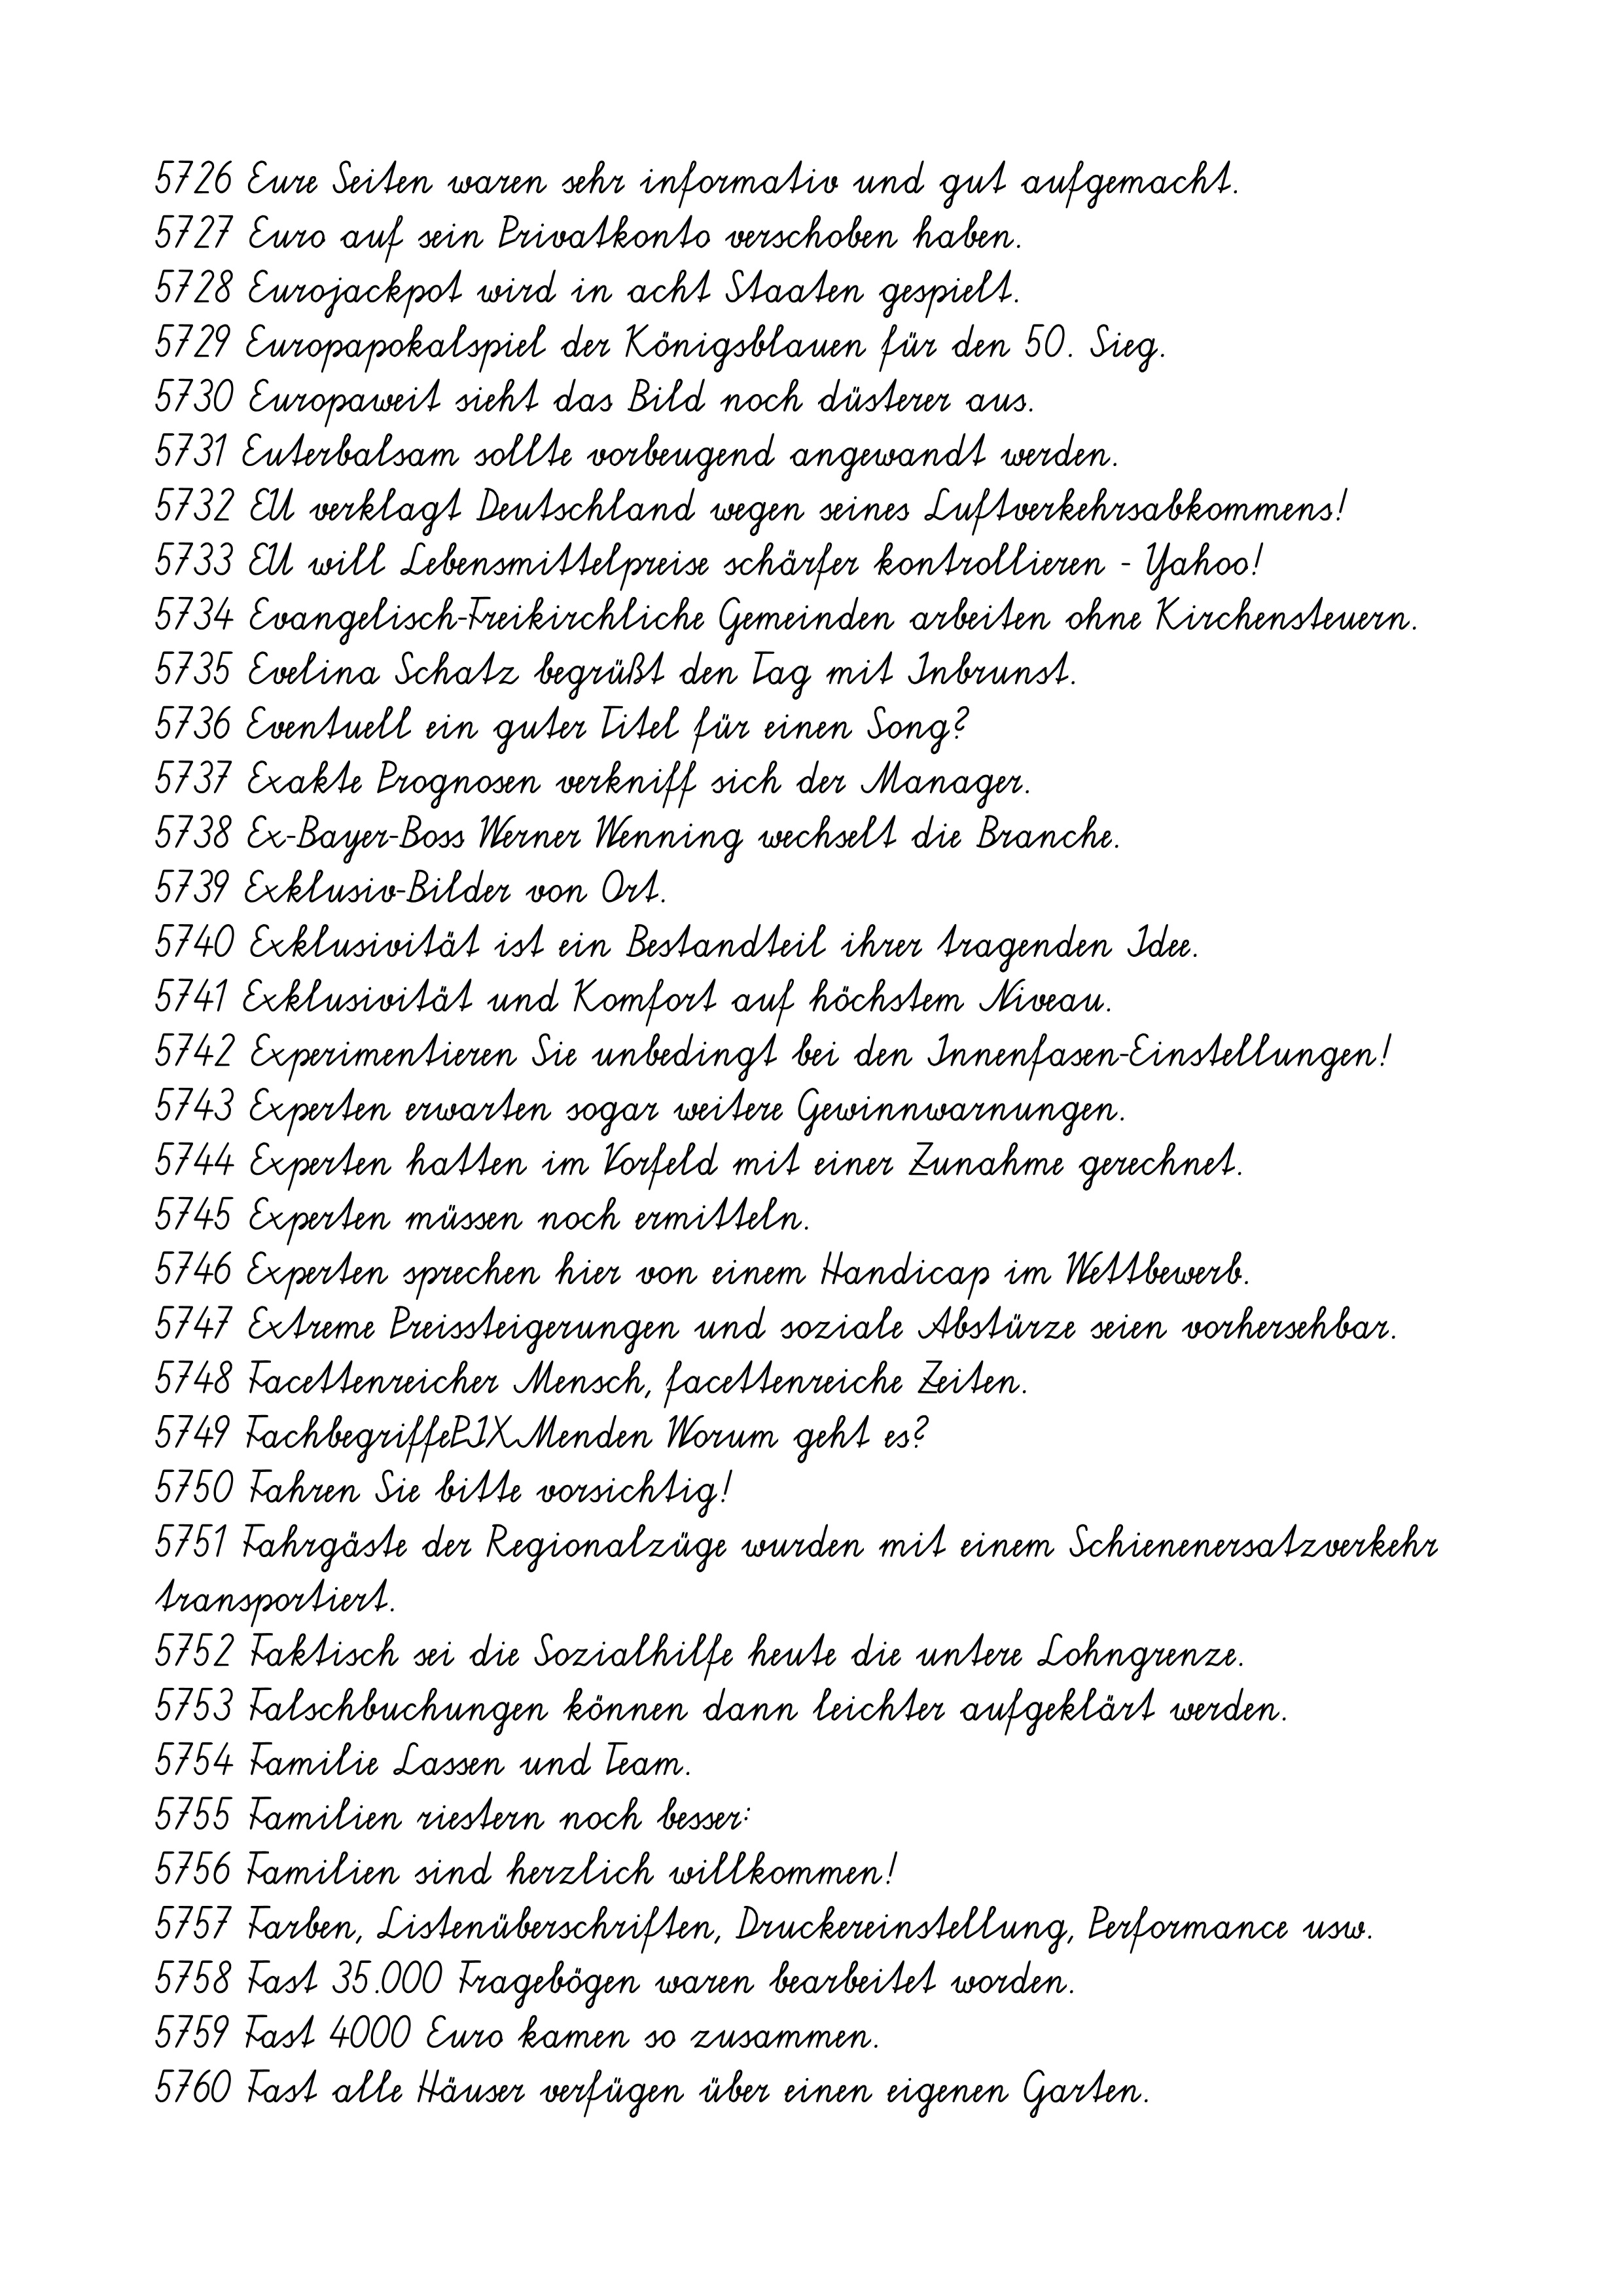
5726 Eure Seiten waren sehr informativ und gut aufgemacht.
5727 Euro auf sein Privatkonto verschoben haben.
5728 Eurojackpot wird in acht Staaten gespielt.
5729 Europapokalspiel der Königsblauen für den 50. Sieg.
5730 Europaweit sieht das Bild noch düsterer aus.
5731 Euterbalsam sollte vorbeugend angewandt werden.
5732 EU verklagt Deutschland wegen seines Luftverkehrsabkommens!
5733 EU will Lebensmittelpreise schärfer kontrollieren - Yahoo!
5734 Evangelisch-Freikirchliche Gemeinden arbeiten ohne Kirchensteuern.
5735 Evelina Schatz begrüßt den Tag mit Inbrunst.
5736 Eventuell ein guter Titel für einen Song?
5737 Exakte Prognosen verkniff sich der Manager.
5738 Ex-Bayer-Boss Werner Wenning wechselt die Branche.
5739 Exklusiv-Bilder von Ort.
5740 Exklusivität ist ein Bestandteil ihrer tragenden Idee.
5741 Exklusivität und Komfort auf höchstem Niveau.
5742 Experimentieren Sie unbedingt bei den Innenfasen-Einstellungen!
5743 Experten erwarten sogar weitere Gewinnwarnungen.
5744 Experten hatten im Vorfeld mit einer Zunahme gerechnet.
5745 Experten müssen noch ermitteln.
5746 Experten sprechen hier von einem Handicap im Wettbewerb.
5747 Extreme Preissteigerungen und soziale Abstürze seien vorhersehbar.
5748 Facettenreicher Mensch, facettenreiche Zeiten.
5749 FachbegriffePIXMenden Worum geht es?
5750 Fahren Sie bitte vorsichtig!
5751 Fahrgäste der Regionalzüge wurden mit einem Schienenersatzverkehr
transportiert.
5752 Faktisch sei die Sozialhilfe heute die untere Lohngrenze.
5753 Falschbuchungen können dann leichter aufgeklärt werden.
5754 Familie Lassen und Team.
5755 Familien riestern noch besser:
5756 Familien sind herzlich willkommen!
5757 Farben, Listenüberschriften, Druckereinstellung, Performance usw.
5758 Fast 35.000 Fragebögen waren bearbeitet worden.
5759 Fast 4000 Euro kamen so zusammen.
5760 Fast alle Häuser verfügen über einen eigenen Garten.